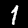
Digit: 1